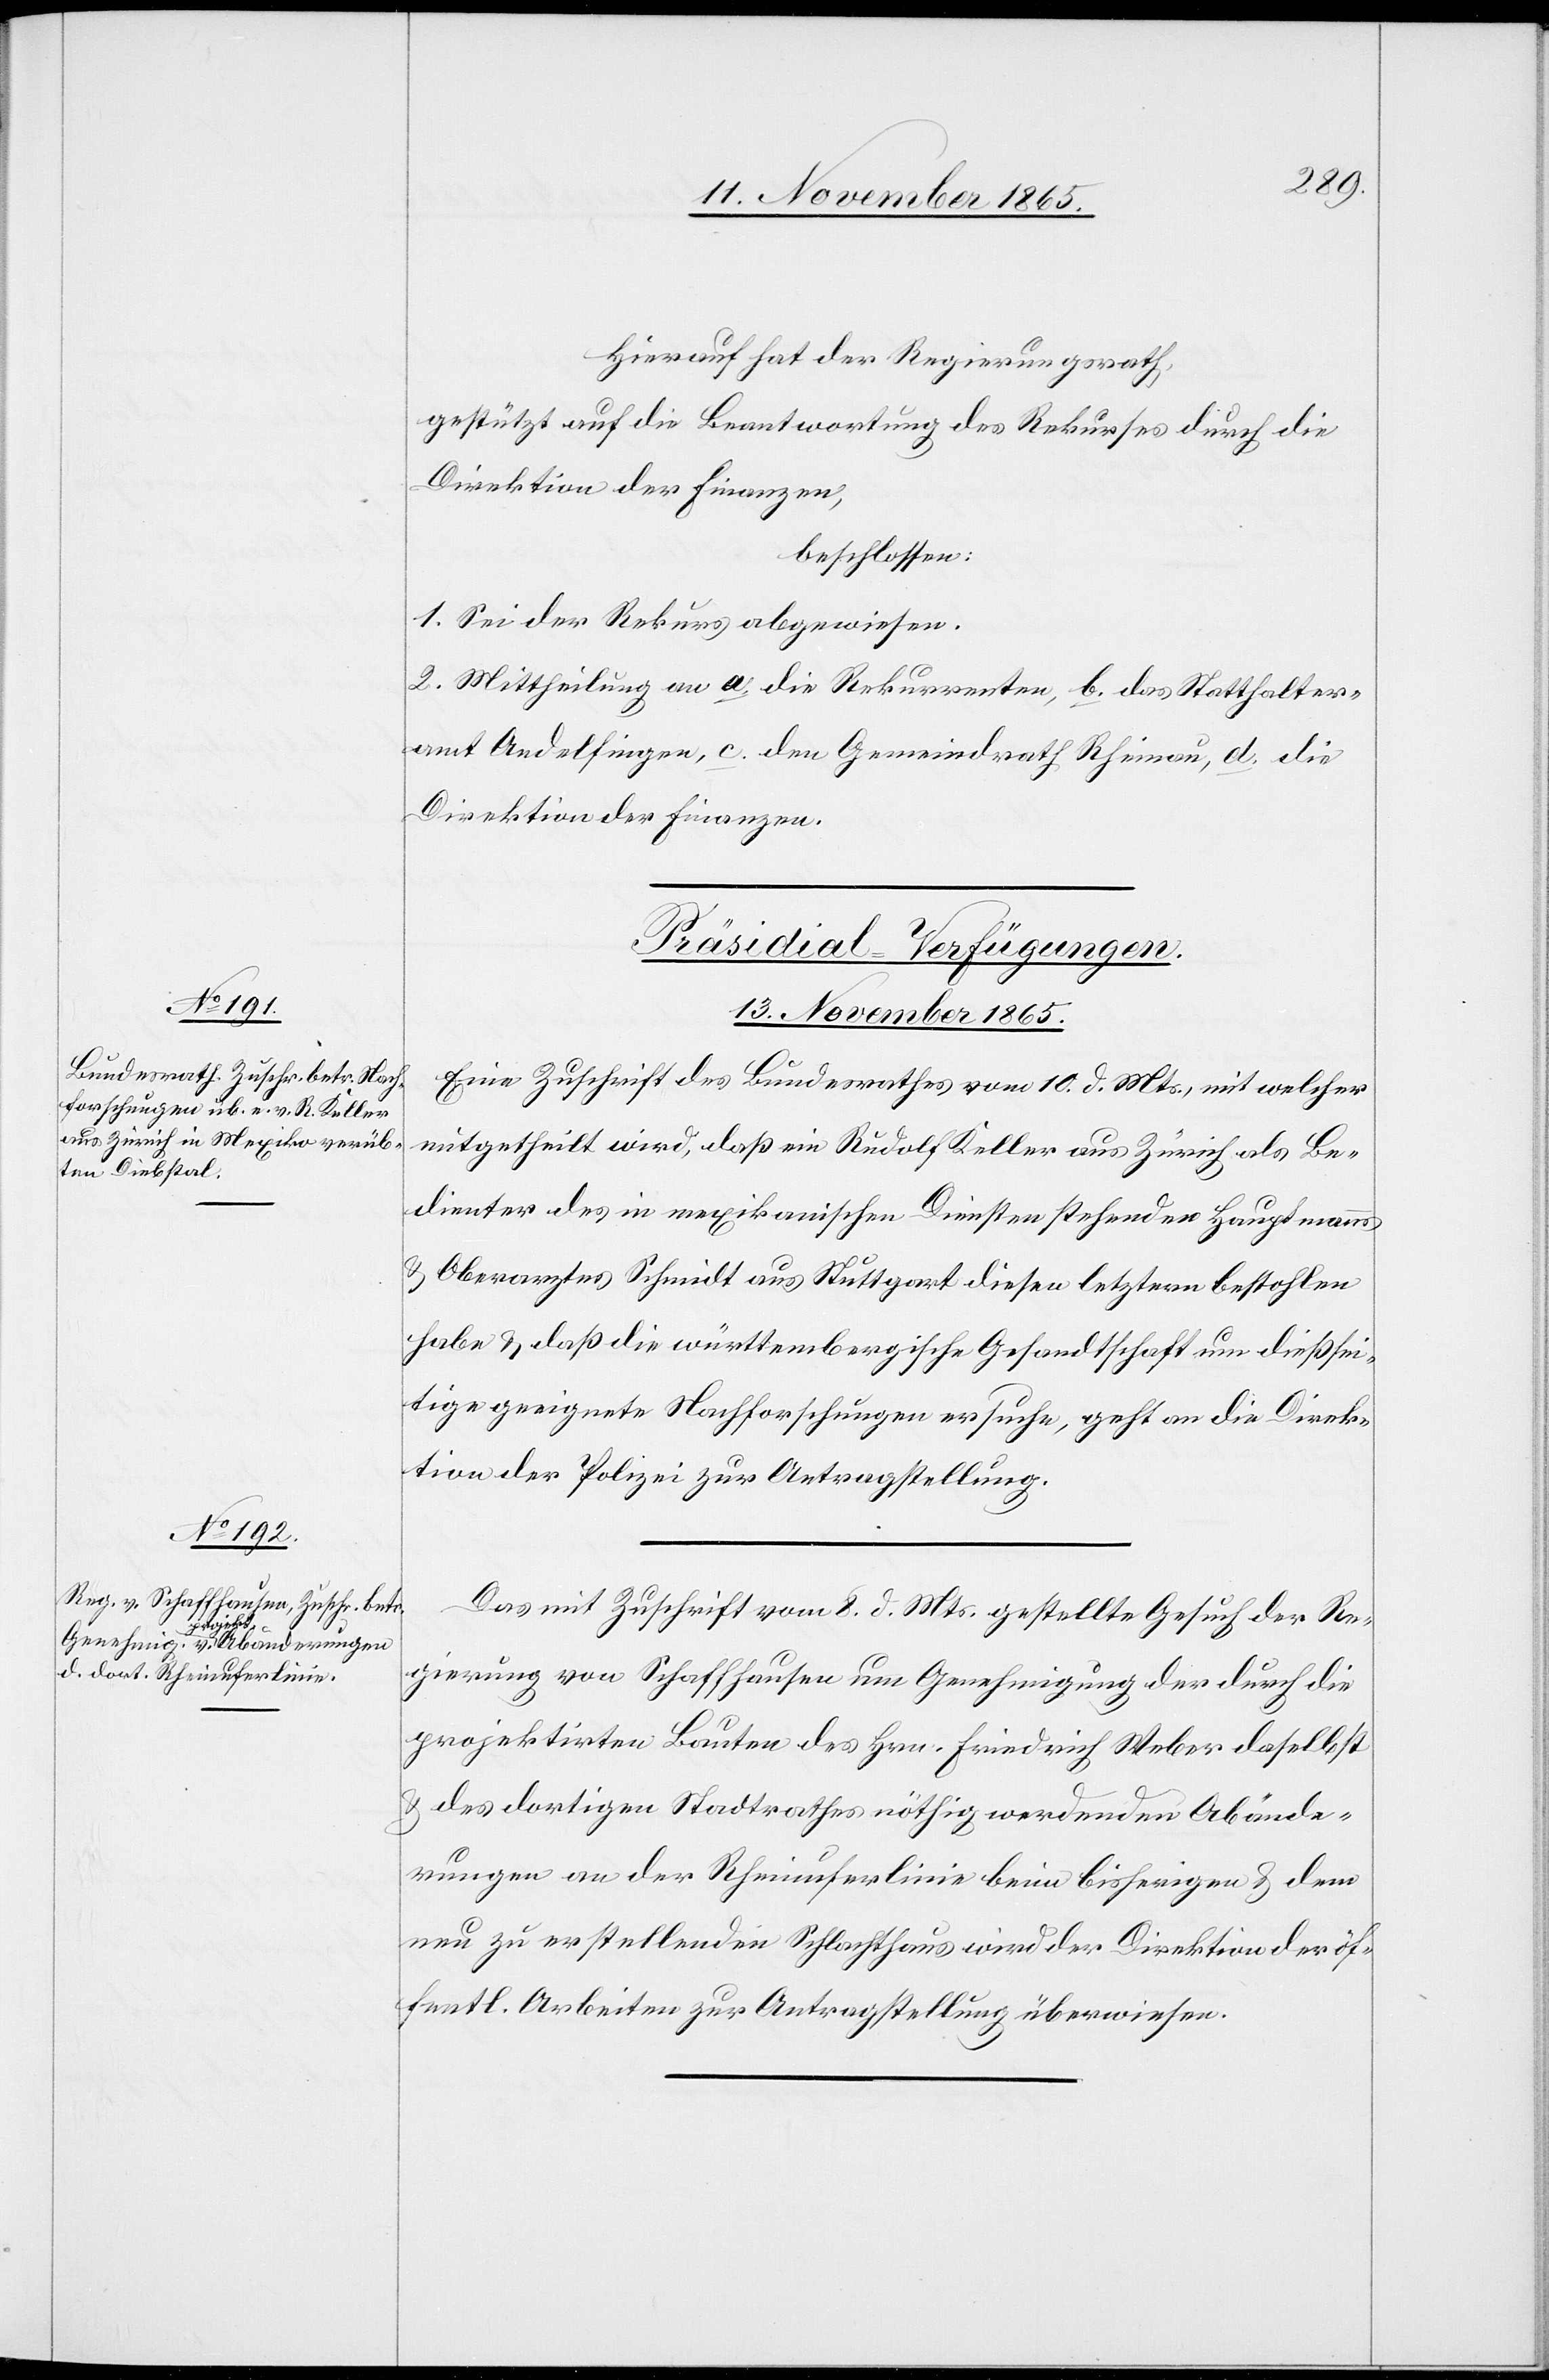
Hierauf hat der Regierungsrath,
gestützt auf die Beantwortung des Rekurses durch die
Direktion der Finanzen,
beschlossen:
1. Sei der Rekurs abgewiesen.
2. Mittheilung an a. die Rekurrenten, b. das Statthalter¬
amt Andelfingen, c. den Gemeindrath Rheinau, d. die
Direktion der Finanzen.
[Präsidial-Verfügungen.
13. November 1865.]
Eine Zuschrift des Bundesrathes vom 10. d. Mts., mit welcher
mitgetheilt wird, daß ein Rudolf Keller aus Zürich als Be¬
dienter des in mexikanischen Diensten stehenden Hauptmanns
& Oberarztes Schmidt aus Stuttgart diesen letztern bestohlen
habe & daß die württembergische Gesandtschaft um dießsei¬
tige geeignete Nachforschungen ersuche, geht an die Direk¬
tion der Polizei zur Antragstellung.
Das mit Zuschrift vom 8. d. Mts. gestellte Gesuch der Re¬
gierung von Schaffhausen um Genehmigung der durch die
projektirten Bauten des Hrn. Friedrich Weber daselbst
& des dortigen Stadtrathes nöthig werdenden Abände¬
rungen an der Rheinuferlinie beim bisherigen & dem
nun zu erstellenden Schlachthaus wird der Direktion der öf¬
fentl. Arbeiten zur Antragstellung überwiesen.